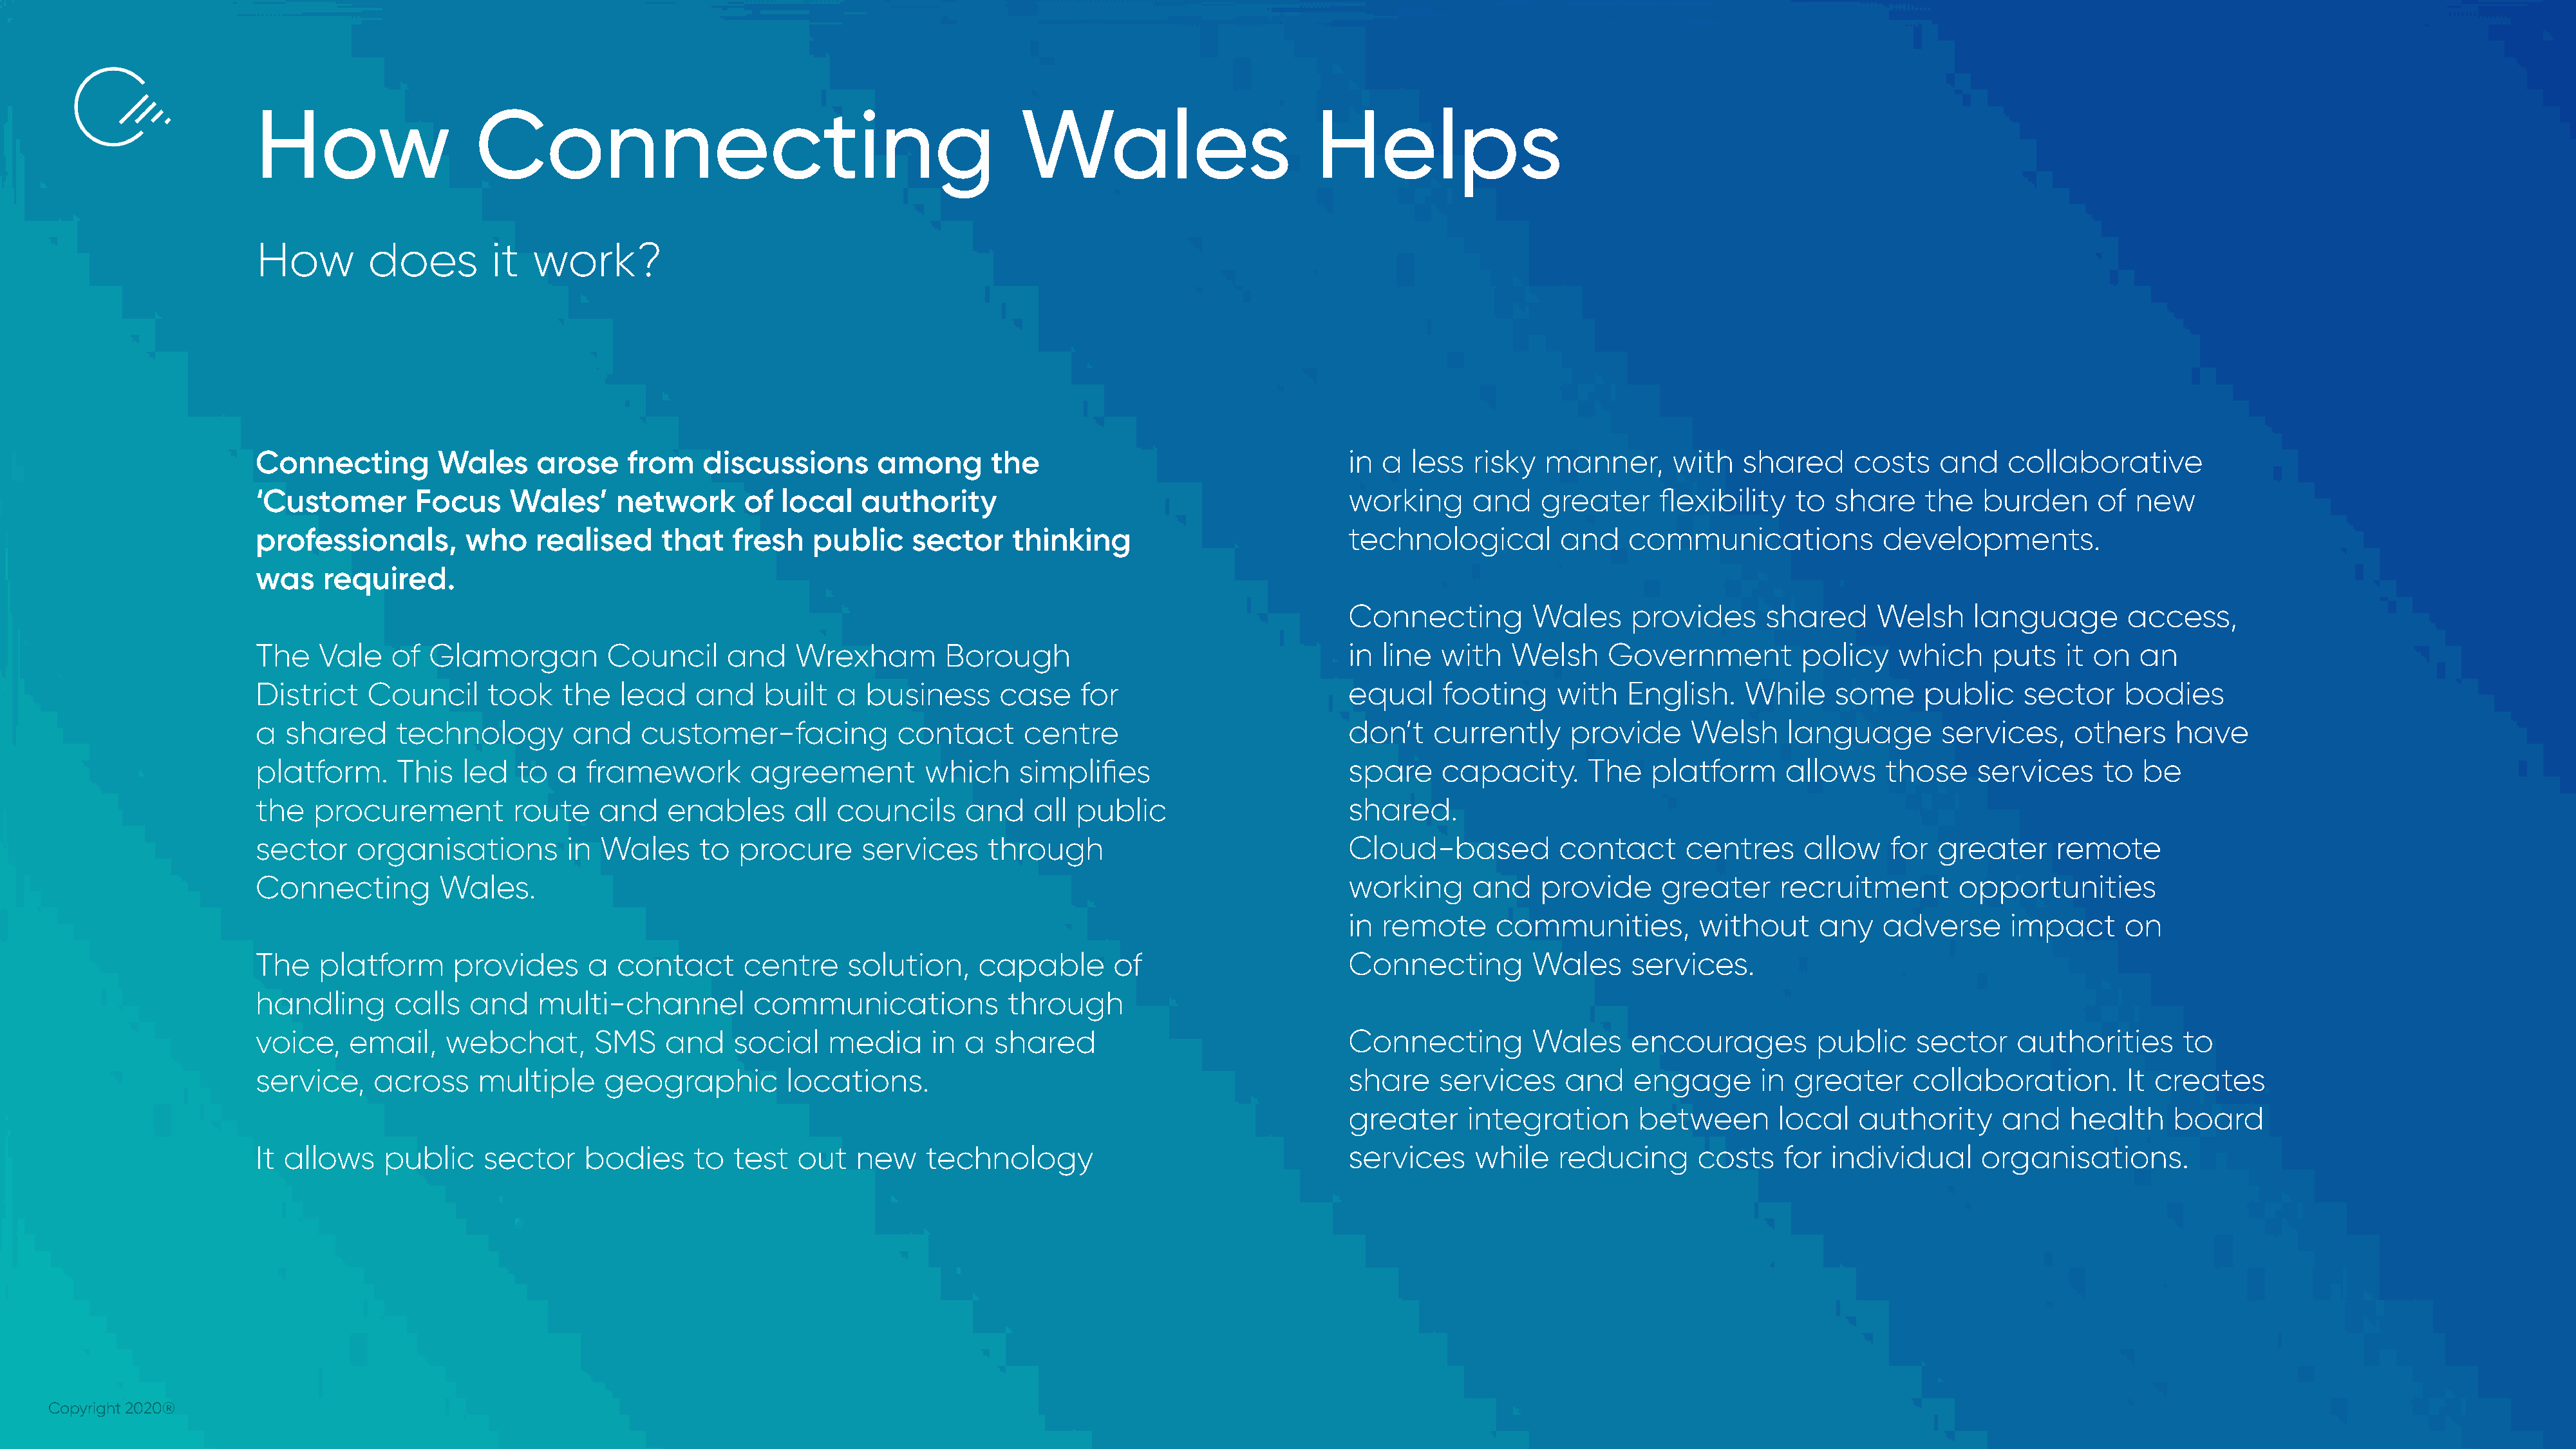
How                    Connecting                                              Wales                         Helps
 How         does         it  work?
 Connecting         Wales     arose    from    discussions       among       the                                  in a  less  risky   manner,      with   shared      costs   and    collaborative
 ‘Customer        Focus    Wales’     network      of  local    authority                                         working     and    greater      flexibility   to  share    the   burden      of new
 professionals,        who    realised     that   fresh   public     sector    thinking                           technological        and    communications             developments.
 was    required.
 Connecting        Wales      provides     shared      Welsh     language        access,
 The    Vale   of  Glamorgan         Council      and    Wrexham        Borough                                   in line  with   Welsh     Government          policy    which     puts   it on   an
 District    Council     took    the   lead   and     built  a  business      case    for                         equal    footing     with   English.    While     some     public    sector    bodies
 a  shared      technology        and    customer-facing           contact      centre                            don’t   currently     provide      Welsh     language        services,    others     have
 platform.      This   led  to  a  framework        agreement         which     simplifies                        spare    capacity.      The    platform      allows    those    services     to  be
 the   procurement          route    and    enables      all councils     and    all  public                      shared.
 sector     organisations        in  Wales     to  procure      services     through                              Cloud-based          contact      centres     allow    for  greater     remote
 Connecting         Wales.                                                                                        working     and    provide      greater     recruitment       opportunities
 in remote      communities,         without     any   adverse       impact     on
 The    platform      provides     a  contact      centre     solution,     capable      of                       Connecting        Wales      services.
 handling       calls  and    multi-channel         communications             through
 voice,    email,    webchat,       SMS    and    social    media      in a  shared                               Connecting        Wales      encourages         public    sector    authorities      to
 service,    across     multiple     geographic         locations.                                                share    services     and    engage       in greater      collaboration.        It creates
 greater     integration      between        local   authority      and    health    board
 It allows    public     sector    bodies     to  test   out   new    technology                                  services     while   reducing       costs   for  individual      organisations.
 Copyright 2020®